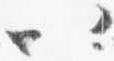
以